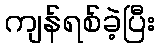
ကျန်ရစ်ခဲ့ပြီး